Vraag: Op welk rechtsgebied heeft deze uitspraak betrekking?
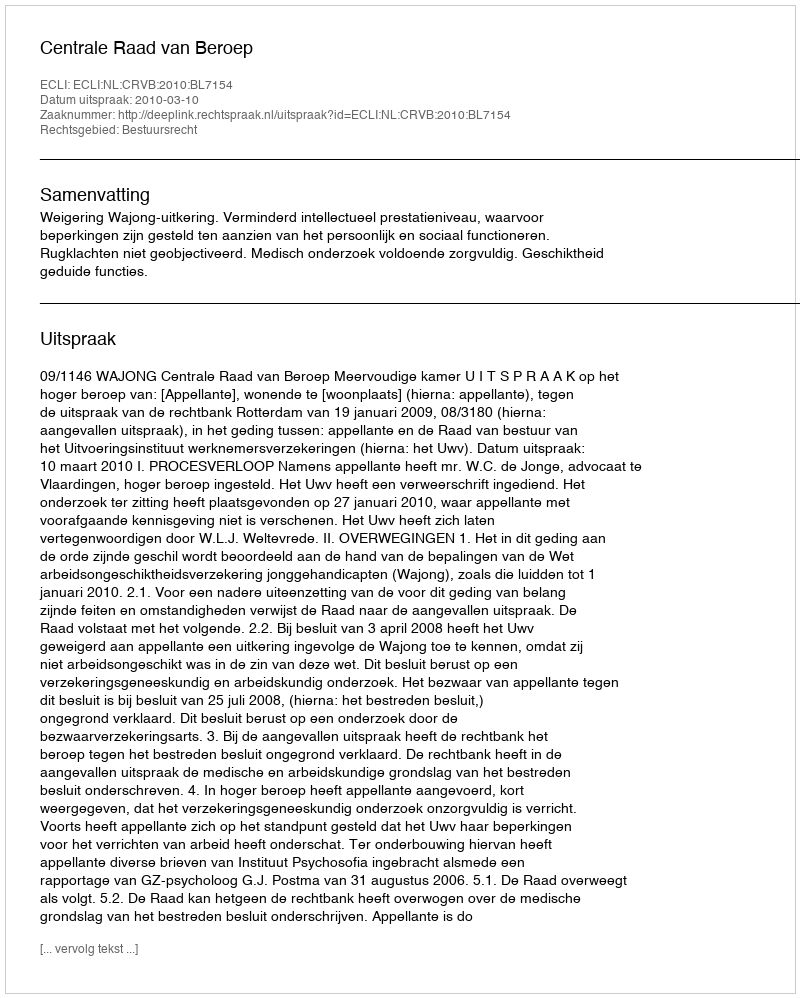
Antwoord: Bestuursrecht